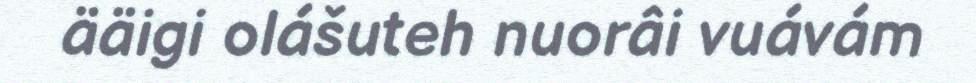
ääigi olášuteh nuorâi vuávám